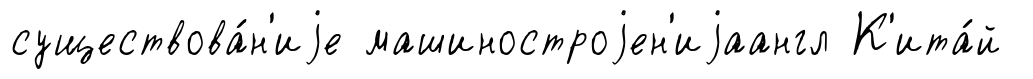
существова́н'иjе машиностроjен'иjаангл К'ита́й